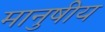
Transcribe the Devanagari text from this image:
मानुषीय